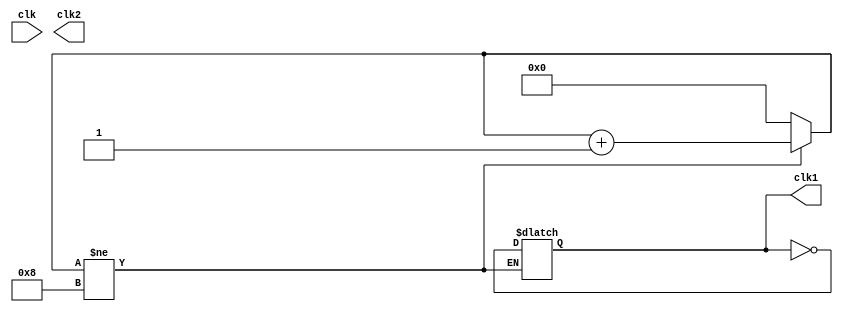
`timescale 1ns / 1ps

//Clock Divide
//Lovish Chopra 16CS10058
//Himanshu Mundhra 16CS10057

module clockDivide(
    input clk,
    output reg clk1,
    output reg clk2
    );

reg [3:0] counter1;

initial begin
	counter1=0;
	clk1=0;
	clk2=0;
	end
always @(clk)
	begin
	if(counter1!=4'd8)
		begin
		counter1=counter1+1'b1;
		end
	else
		begin
			counter1=0;
			clk1=!clk1;
		end
	end

always @(clk)
	begin
		clk2=!clk2;
	end
	
endmodule